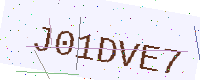
Text: J01DVE7